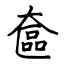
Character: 奩